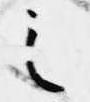
之